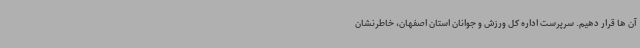
آن ها قرار دهیم. سرپرست اداره کل ورزش و جوانان استان اصفهان، خاطرنشان